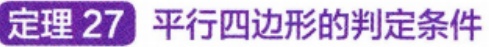
定理 27 平行四边形的判定条件